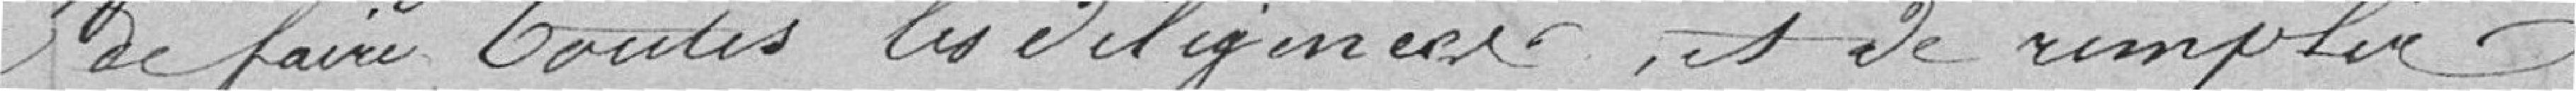
de faire toutes les diligences et de remplir